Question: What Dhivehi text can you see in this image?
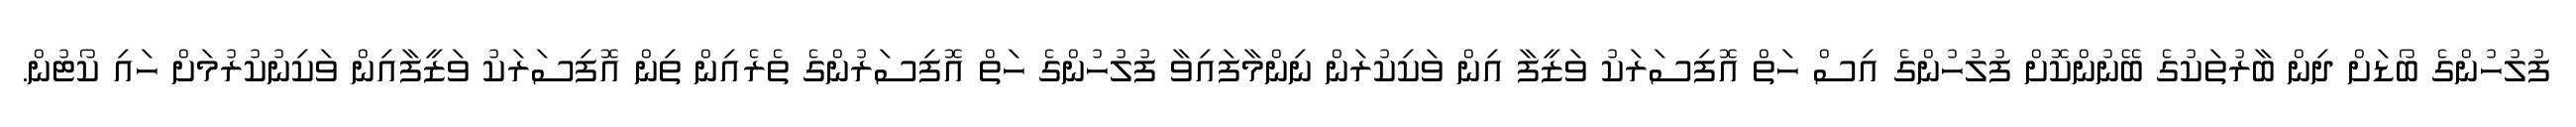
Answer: ފުލުހުންގެ ބޯޑަށް ދިން ބާރުތަކުގެ ބޭނުންކޮށް ފުލުހުންގެ އިސް ހަތް އޮފިސަރަކު ވަޒީފާ އިން ވަކިކުރަން ނިންމާފައިވާ ފުލުހުންގެ ހަތް އޮފިސަރުންގެ ތެރެއިން ތިން އޮފިސަރަކު ވަޒީފާއިން ވަކިނުކުރުމަށް ހައި ކޯޓުން.